Annual report of the Punjab Veterinary College and of the Civil Veterinary Department, Punjab - 1926-1932
Year: 1926
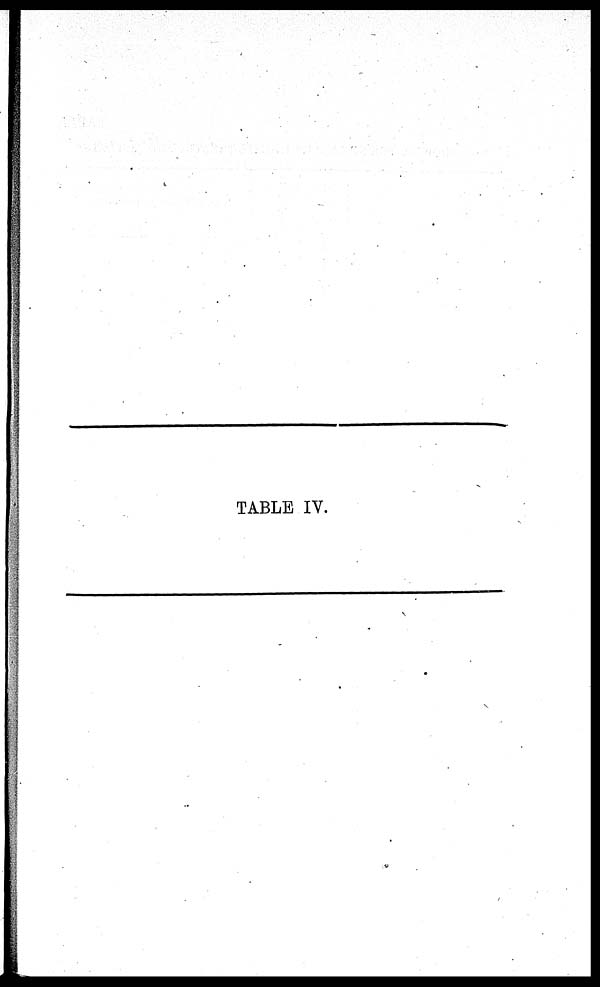
TABLE IV.